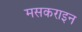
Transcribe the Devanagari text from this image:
मसकराइन